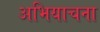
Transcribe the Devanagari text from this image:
अभियाचना